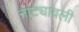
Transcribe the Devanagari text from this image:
नाट्यावली